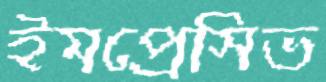
ইমপ্রেসিভ